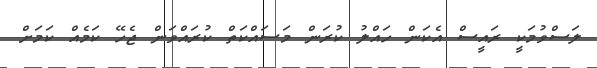
ލަސްވުމަކީ ރައީސް އެކަން ހައްލު ކުރަން މަސައްކަތް ކުރައްވަން ޖެހޭ ކަމެއް ކަމަށް